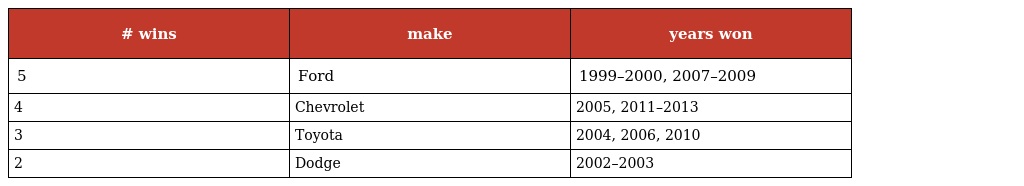
| # wins | make | years won |
 | --- | --- | --- |
 | 5 | Ford | 1999–2000, 2007–2009 |
 | 4 | Chevrolet | 2005, 2011–2013 |
 | 3 | Toyota | 2004, 2006, 2010 |
 | 2 | Dodge | 2002–2003 |